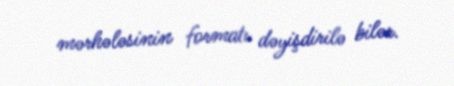
mərhələsinin formatı dəyişdirilə bilər.